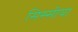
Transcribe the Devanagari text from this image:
सिस्सीया